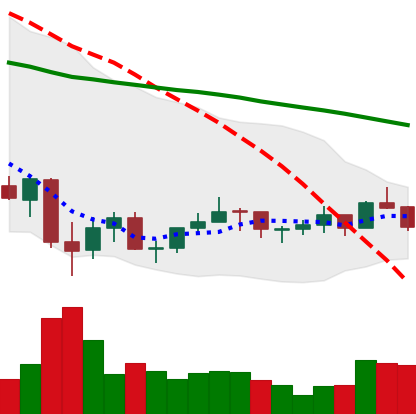
Ticker: LINK-USD
Chart end date: 2021-07-08
Forward return: -8.446%
Label: down_7plus